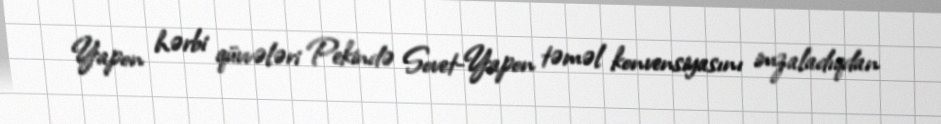
Yapon hərbi qüvvələri Pekində Sovet-Yapon təməl konvensiyasını imzaladıqdan